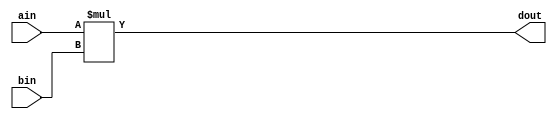
`timescale 1ns / 1ps
//////////////////////////////////////////////////////////////////////////////////
// Company: 
// Engineer: 
// 
// Design Name: 
// Module Name: multiplier
// Project Name: 
// Target Devices: 
// Tool Versions: 
// Description: 
// 
// Dependencies: 
// 
// Revision:
// Revision 0.01 - File Created
// Additional Comments:
// 
//////////////////////////////////////////////////////////////////////////////////


module multiplier #(
    parameter BITWIDTH = 32
)
(
    input [BITWIDTH-1:0] ain,
    input [BITWIDTH-1:0] bin,
    output [2*BITWIDTH-1:0] dout
    );
    
    assign dout = ain * bin;
endmodule